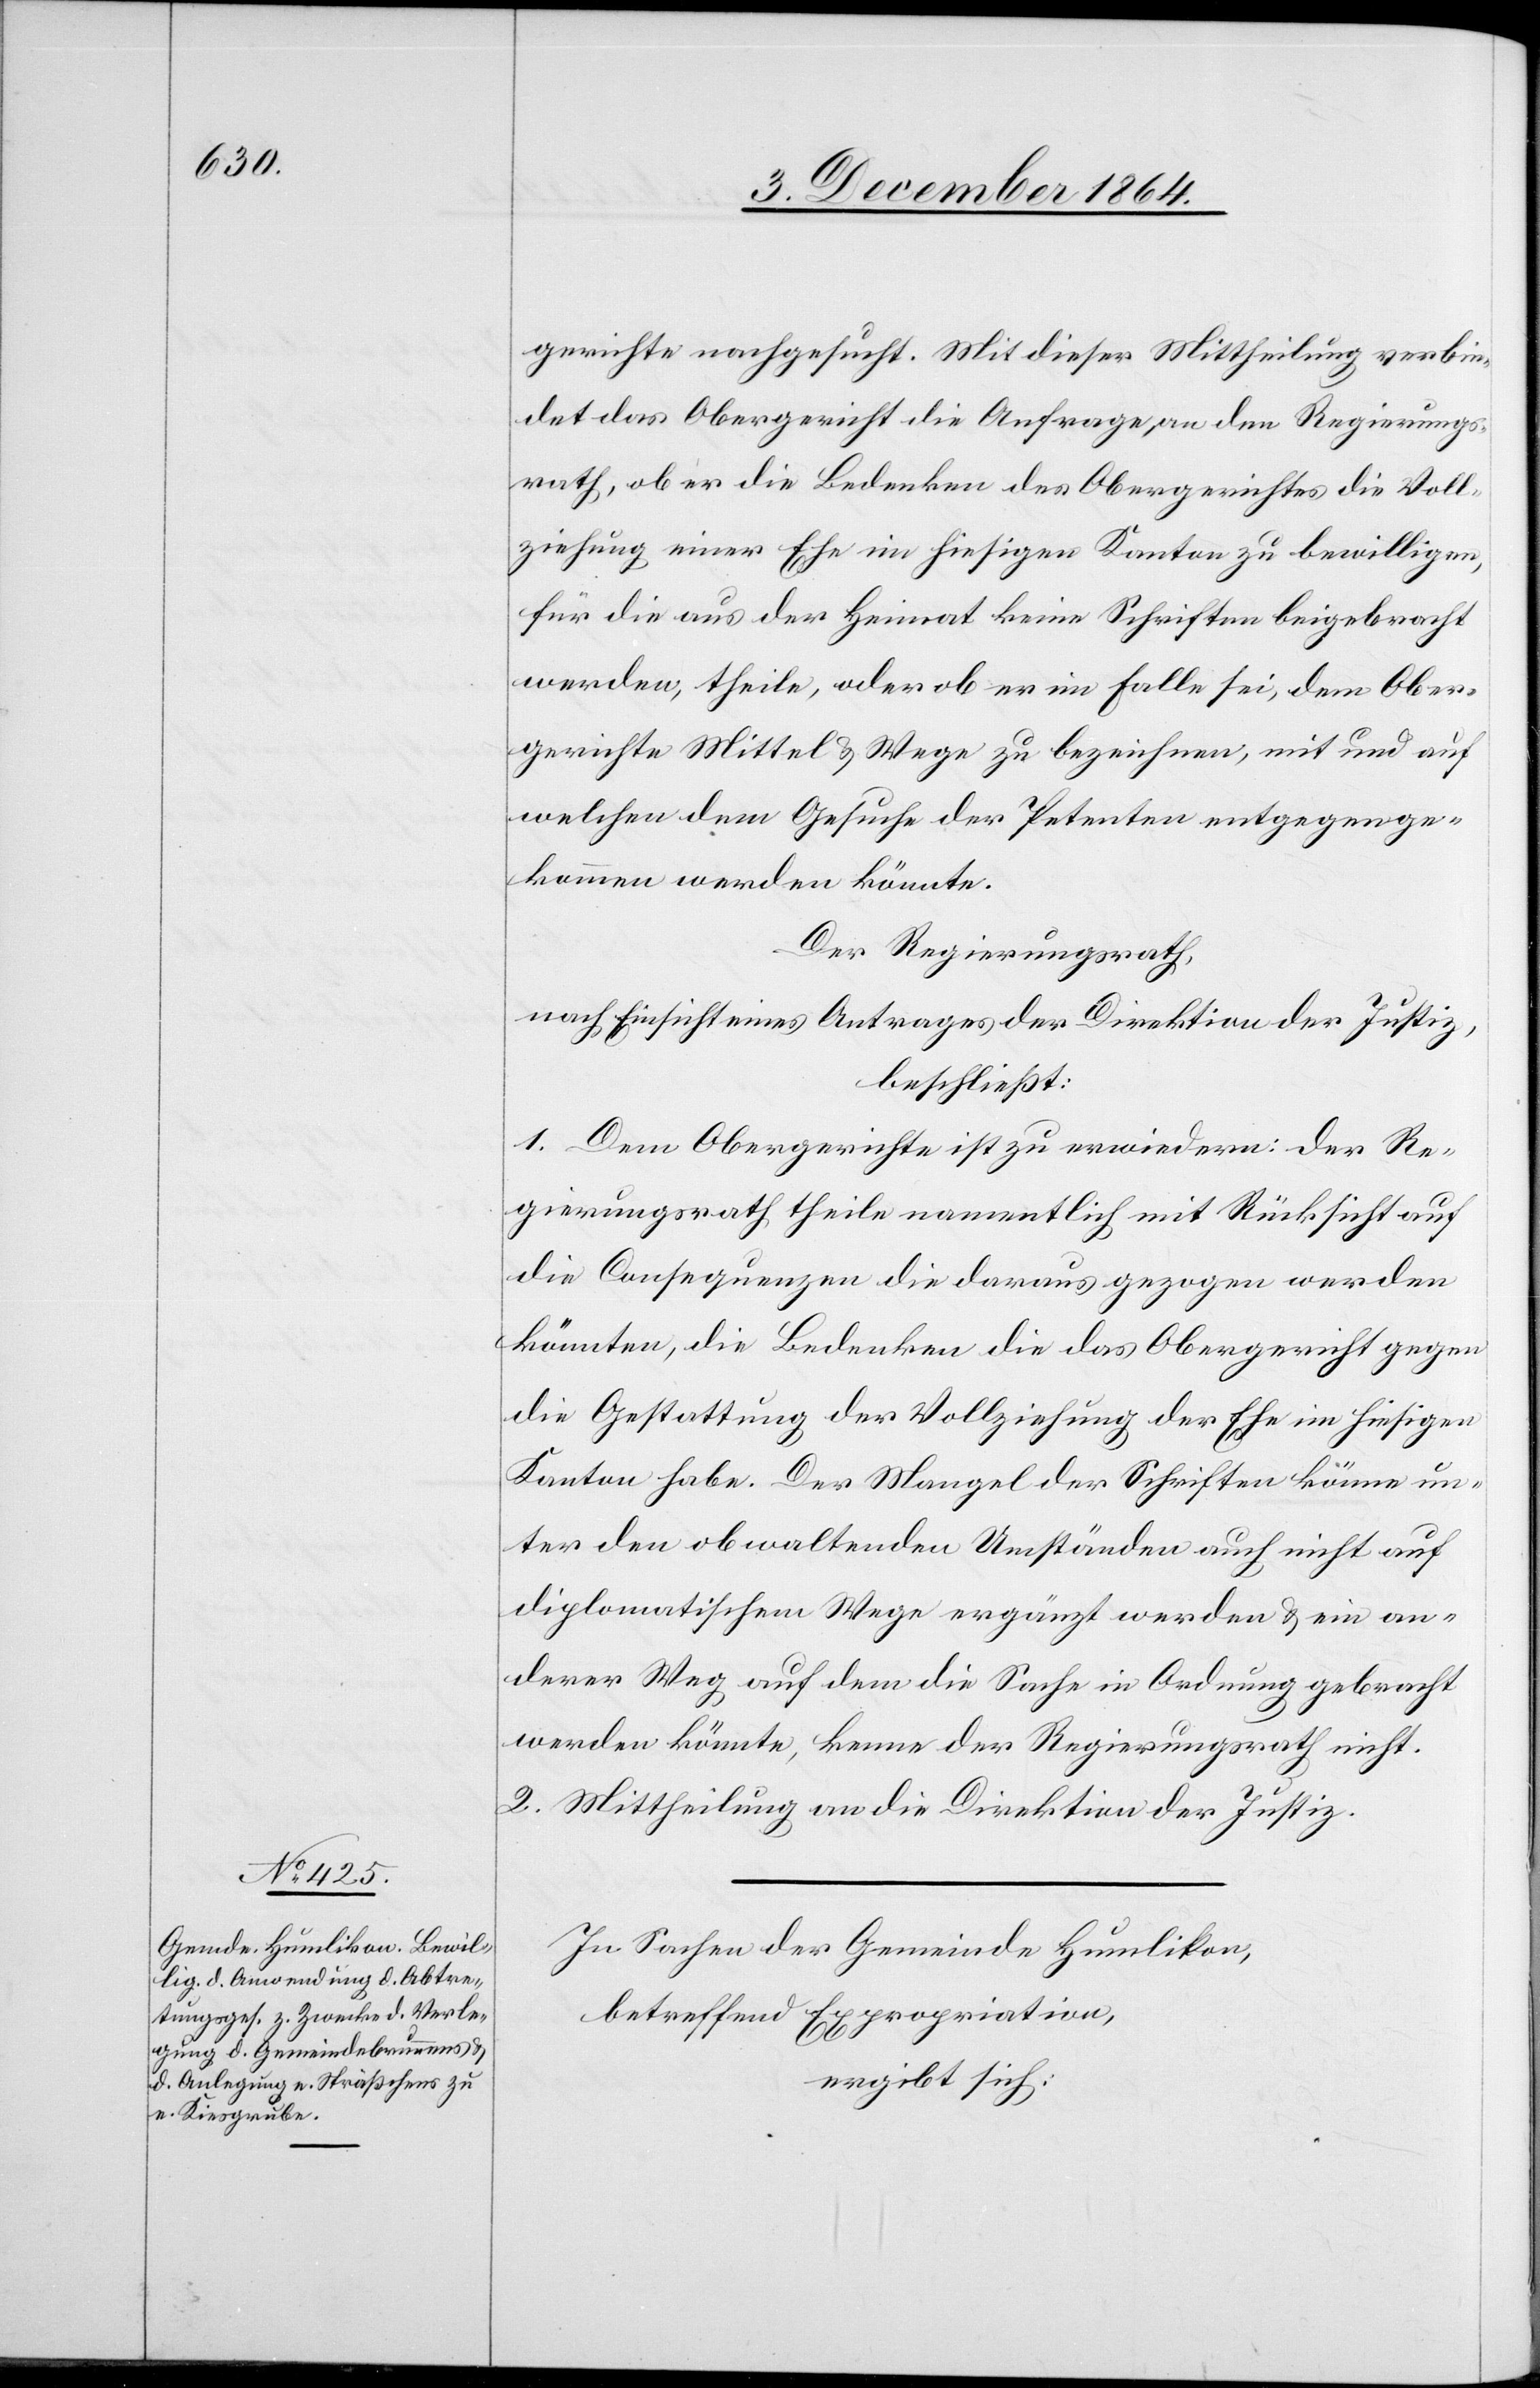
gerichte nachgesucht. Mit dieser Mittheilung verbin¬
det das Obergericht die Anfrage, an den Regierungs¬
rath, ob er die Bedenken des Obergerichtes die Voll¬
ziehung einer Ehe im hiesigen Kanton zu bewilligen,
für die aus der Heimat keine Schriften beigebracht
werden, theile, oder ob er im Falle sei, dem Ober¬
gerichte Mittel & Wege zu bezeichnen, mit und auf
welchen dem Gesuche der Petenten entgegenge¬
kommen werden möchte.
Der Regierungsrath,
nach Einsicht eines Antrages der Direktion der Justiz,
beschließt:
1. Dem Obergerichte ist zu erwiedern: Der Re¬
gierungsrath theile namentlich mit Rücksicht auf
die Consequenzen die daraus gezogen werden
könnten, die Bedenken die das Obergericht gegen
die Gestattung der Vollziehung der Ehe im hiesigen
Kanton habe. Der Mangel an Schriften könne un¬
ter den obwaltenden Umständen auch nicht auf
diplomatischem Wege ergänzt werden & ein an¬
derer Weg auf dem die Sache in Ordnung gebracht
werden könnte, kenne der Regierungsrath nicht.
2. Mittheilung an die Direktion der Justiz.
In Sachen der Gemeinde Humlikon,
betreffend Expropriation,
ergibt sich: